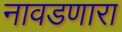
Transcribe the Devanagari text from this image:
नावडणारा